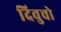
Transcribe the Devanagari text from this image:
दिवुचो